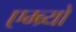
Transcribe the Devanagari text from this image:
एम्ब्र्यो